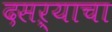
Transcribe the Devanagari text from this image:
दसऱ्याचा